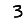
Digit: 3